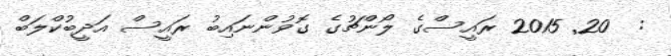
:  20